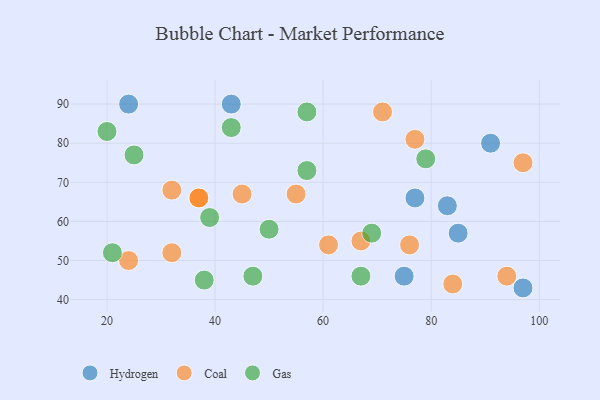
{"axis": {"x": "GDP", "y": "Life Expectancy"}, "legend": ["Coal", "Gas", "Hydrogen"], "data": [{"x": "24", "y": 90, "type": "Hydrogen"}, {"x": "97", "y": 43, "type": "Hydrogen"}, {"x": "77", "y": 66, "type": "Hydrogen"}, {"x": "83", "y": 64, "type": "Hydrogen"}, {"x": "85", "y": 57, "type": "Hydrogen"}, {"x": "91", "y": 80, "type": "Hydrogen"}, {"x": "75", "y": 46, "type": "Hydrogen"}, {"x": "43", "y": 90, "type": "Hydrogen"}, {"x": "94", "y": 46, "type": "Coal"}, {"x": "61", "y": 54, "type": "Coal"}, {"x": "67", "y": 55, "type": "Coal"}, {"x": "71", "y": 88, "type": "Coal"}, {"x": "32", "y": 68, "type": "Coal"}, {"x": "55", "y": 67, "type": "Coal"}, {"x": "32", "y": 52, "type": "Coal"}, {"x": "97", "y": 75, "type": "Coal"}, {"x": "24", "y": 50, "type": "Coal"}, {"x": "37", "y": 66, "type": "Coal"}, {"x": "37", "y": 66, "type": "Coal"}, {"x": "45", "y": 67, "type": "Coal"}, {"x": "77", "y": 81, "type": "Coal"}, {"x": "76", "y": 54, "type": "Coal"}, {"x": "84", "y": 44, "type": "Coal"}, {"x": "57", "y": 88, "type": "Gas"}, {"x": "38", "y": 45, "type": "Gas"}, {"x": "67", "y": 46, "type": "Gas"}, {"x": "43", "y": 84, "type": "Gas"}, {"x": "39", "y": 61, "type": "Gas"}, {"x": "79", "y": 76, "type": "Gas"}, {"x": "57", "y": 73, "type": "Gas"}, {"x": "69", "y": 57, "type": "Gas"}, {"x": "21", "y": 52, "type": "Gas"}, {"x": "25", "y": 77, "type": "Gas"}, {"x": "47", "y": 46, "type": "Gas"}, {"x": "20", "y": 83, "type": "Gas"}, {"x": "50", "y": 58, "type": "Gas"}]}